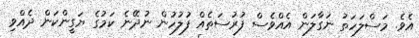
އެވެ. މަސްލަހަތު ނަގާލަން އެއްވެސް ފުރުސަތެއް ފުލުހުން ނުދޭނެ ކަމުގެ ޔަގީންކަން ދެއްވި